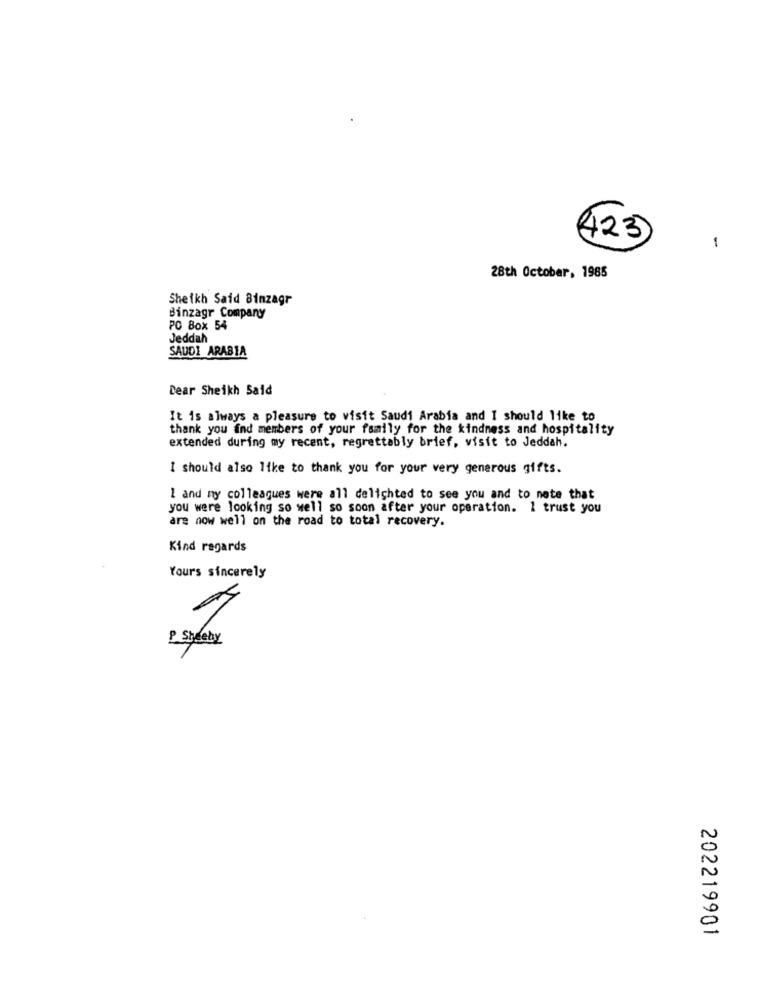
(423)
-
28th October, 1985
Sheikh Said Binzagr
Binzagr Company
PO Box 54
Jeddah
SAUDI ARABIA
Dear Sheikh Said
It is always a pleasure to visit Saudi Arabia and I should like to
thank you ind members of your family for the kindness and hospitality
extended during my recent, regrettably brief, visit to Jeddah.
I should also like to thank you for your very generous gifts.
I and my colleagues were all delighted to see you and to note that
you were looking so well so soon after your operation. 1 trust you
are now well on the road to total recovery.
Kind regards
Yours sincerely
P. Styleby
N
0
N
202219901